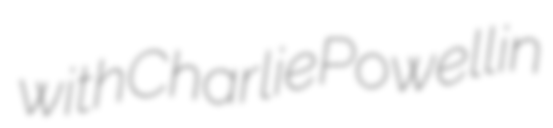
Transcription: with Charlie Powell in